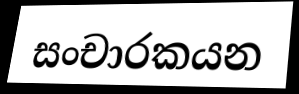
සංචාරකයන